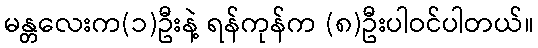
မန္တလေးက(၁)ဦးနဲ့ ရန်ကုန်က (၈)ဦးပါဝင်ပါတယ်။